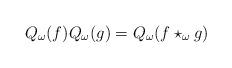
LaTeX: \begin{align*}Q_{\omega }(f)Q_{\omega }(g)=Q_{\omega }(f\star _{\omega }g) \end{align*}